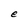
Character: e